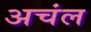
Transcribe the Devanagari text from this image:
अचंल